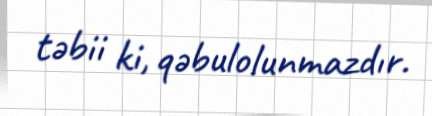
təbii ki, qəbulolunmazdır.